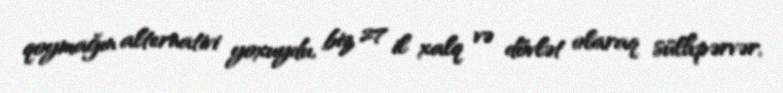
qoymağın alternativi yoxuydu, biz 27 il xalq və dövlət olaraq sülhpərvər,